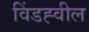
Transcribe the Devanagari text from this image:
विंडह्वील